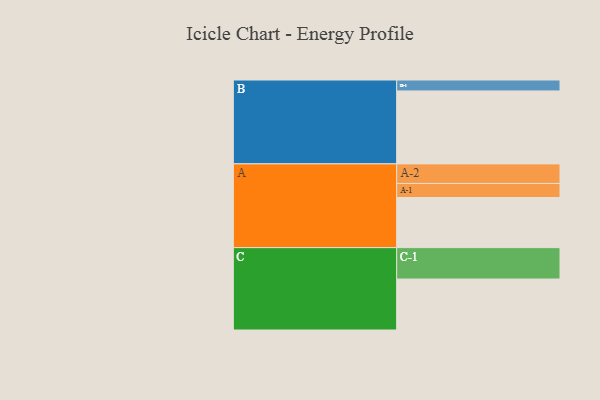
{"axis": {"x": "Segment", "y": "Value"}, "legend": ["", "A", "B", "C"], "data": [{"x": "A", "y": 399, "type": ""}, {"x": "B", "y": 581, "type": ""}, {"x": "C", "y": 406, "type": ""}, {"x": "A-1", "y": 112, "type": "A"}, {"x": "A-2", "y": 156, "type": "A"}, {"x": "B-1", "y": 87, "type": "B"}, {"x": "C-1", "y": 250, "type": "C"}]}